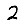
Digit: 2